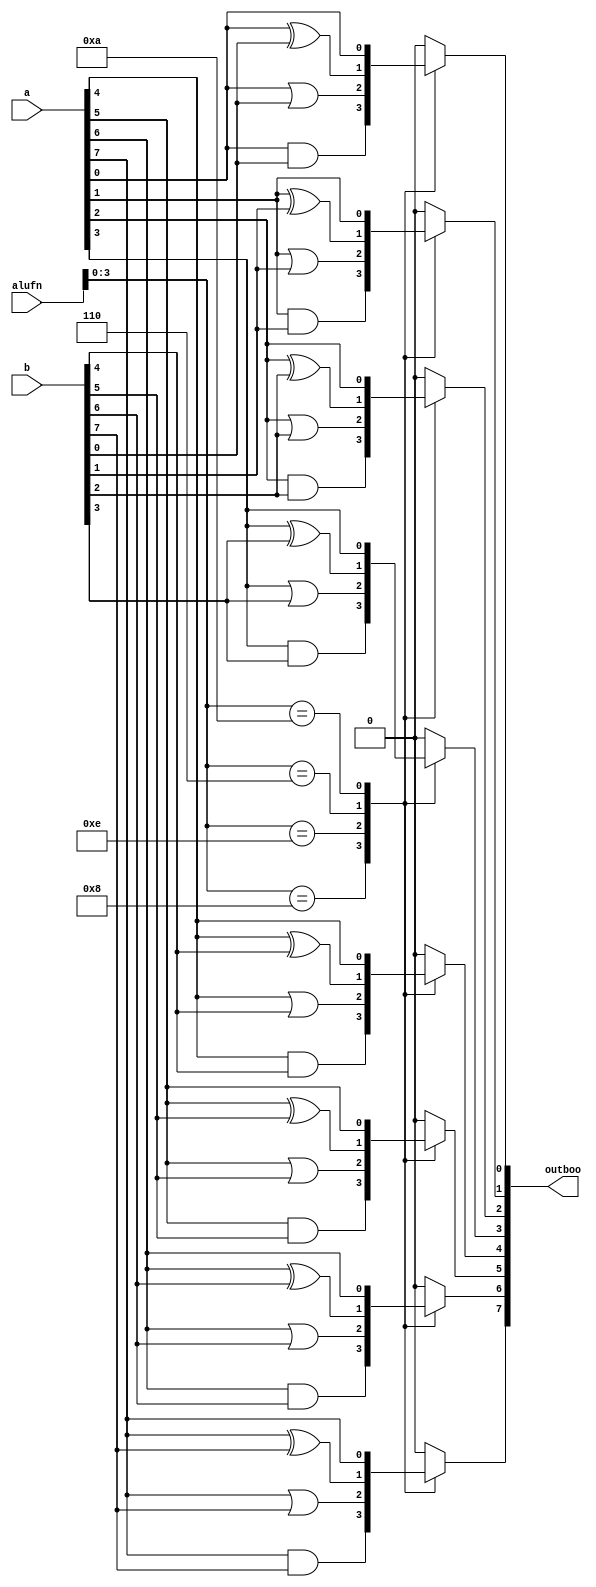
/*
   This file was generated automatically by the Mojo IDE version B1.3.6.
   Do not edit this file directly. Instead edit the original Lucid source.
   This is a temporary file and any changes made to it will be destroyed.
*/

module boole_94 (
    input [7:0] a,
    input [7:0] b,
    input [5:0] alufn,
    output reg [7:0] outboo
  );
  
  
  
  integer i;
  
  always @* begin
    outboo[0+7-:8] = 1'h0;
    
    case (alufn[0+3-:4])
      4'h8: begin
        for (i = 1'h0; i < 4'h8; i = i + 1) begin
          outboo[(i)*1+0-:1] = a[(i)*1+0-:1] & b[(i)*1+0-:1];
        end
      end
      4'he: begin
        for (i = 1'h0; i < 4'h8; i = i + 1) begin
          outboo[(i)*1+0-:1] = a[(i)*1+0-:1] | b[(i)*1+0-:1];
        end
      end
      4'h6: begin
        for (i = 1'h0; i < 4'h8; i = i + 1) begin
          outboo[(i)*1+0-:1] = a[(i)*1+0-:1] ^ b[(i)*1+0-:1];
        end
      end
      4'ha: begin
        for (i = 1'h0; i < 4'h8; i = i + 1) begin
          outboo[(i)*1+0-:1] = a[(i)*1+0-:1];
        end
      end
    endcase
  end
endmodule